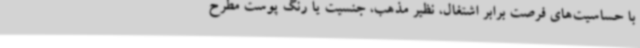
با حساسیت‌های فرصت برابر اشتغال، نظیر مذهب، جنسیت یا رنگ پوست مطرح